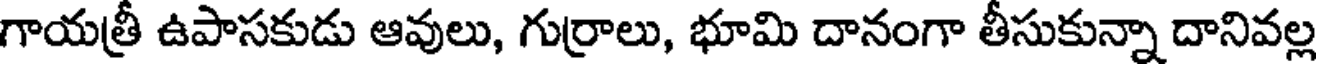
గాయత్రీ ఉపాసకుడు ఆవులు, గుర్రాలు, భూమి దానంగా తీసుకున్నా దానివల్ల